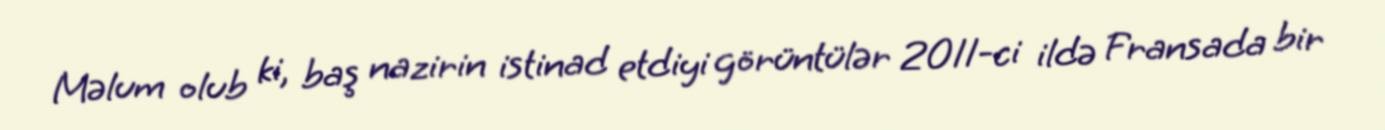
Məlum olub ki, baş nazirin istinad etdiyi görüntülər 2011-ci ildə Fransada bir